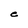
Character: e